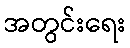
အတွင်းရေး